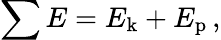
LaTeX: \sum E=E_{\mathrm{k}}+E_{\mathrm{p}}\, ,